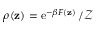
\rho ( \mathbf { z } ) = \operatorname { e } ^ { - \beta F ( \mathbf { z } ) } / \mathcal { Z }